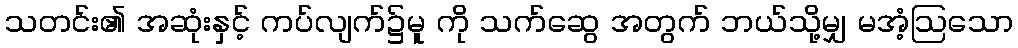
သတင်း၏ အဆုံးနှင့် ကပ်လျက်၌မူ ကို သက်ဆွေ အတွက် ဘယ်သို့မျှ မအံ့ဩသော